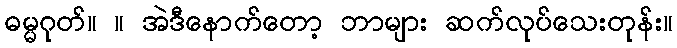
ဓမ္မဂုတ်။ ။ အဲဒီနောက်တော့ ဘာများ ဆက်လုပ်သေးတုန်း။